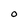
Character: O